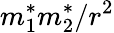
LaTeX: m_{1}^{*}m_{2}^{*}/r^{2}